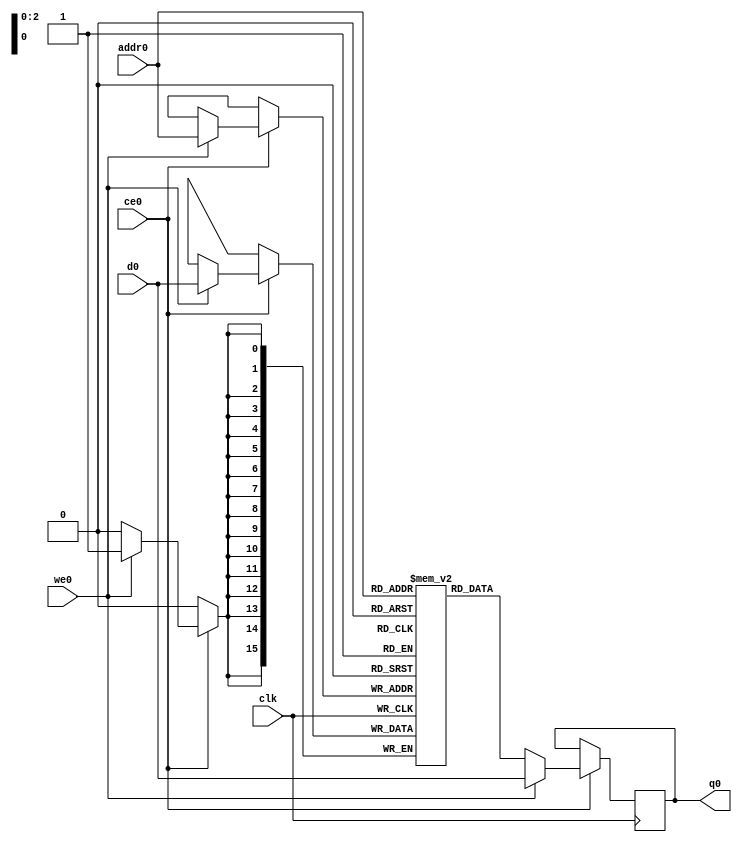
// ==============================================================
// File generated by Vivado(TM) HLS - High-Level Synthesis from C, C++ and SystemC
// Version: 2017.4
// Copyright (C) 1986-2017 Xilinx, Inc. All Rights Reserved.
// 
// ==============================================================

`timescale 1 ns / 1 ps
module dct_2d_col_inbuf_0_ram (addr0, ce0, d0, we0, q0,  clk);

parameter DWIDTH = 16;
parameter AWIDTH = 3;
parameter MEM_SIZE = 8;

input[AWIDTH-1:0] addr0;
input ce0;
input[DWIDTH-1:0] d0;
input we0;
output reg[DWIDTH-1:0] q0;
input clk;

(* ram_style = "distributed" *)reg [DWIDTH-1:0] ram[0:MEM_SIZE-1];




always @(posedge clk)  
begin 
    if (ce0) 
    begin
        if (we0) 
        begin 
            ram[addr0] <= d0; 
            q0 <= d0;
        end 
        else 
            q0 <= ram[addr0];
    end
end


endmodule


`timescale 1 ns / 1 ps
module dct_2d_col_inbuf_0(
    reset,
    clk,
    address0,
    ce0,
    we0,
    d0,
    q0);

parameter DataWidth = 32'd16;
parameter AddressRange = 32'd8;
parameter AddressWidth = 32'd3;
input reset;
input clk;
input[AddressWidth - 1:0] address0;
input ce0;
input we0;
input[DataWidth - 1:0] d0;
output[DataWidth - 1:0] q0;



dct_2d_col_inbuf_0_ram dct_2d_col_inbuf_0_ram_U(
    .clk( clk ),
    .addr0( address0 ),
    .ce0( ce0 ),
    .d0( d0 ),
    .we0( we0 ),
    .q0( q0 ));

endmodule